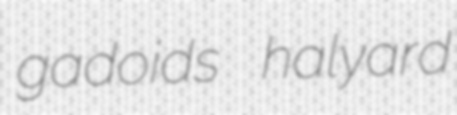
gadoids halyard